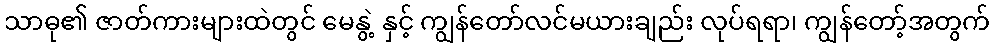
သာဓု၏ ဇာတ်ကားများထဲတွင် မေနွဲ့ နှင့် ကျွန်တော်လင်မယားချည်း လုပ်ရရာ၊ ကျွန်တော့်အတွက်